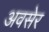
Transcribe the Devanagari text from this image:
अवसेर